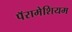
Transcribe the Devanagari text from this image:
पॅरामेशियम